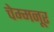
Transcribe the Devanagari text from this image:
चेम्मनूर